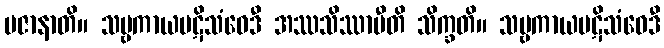
ပဇာနာတိ။ သဗ္ဗကာယပဋိသံဝေဒီ အဿသိဿာမီတိ သိက္ခတိ။ သဗ္ဗကာယပဋိသံဝေဒီ